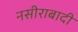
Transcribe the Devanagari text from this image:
नसीराबादी